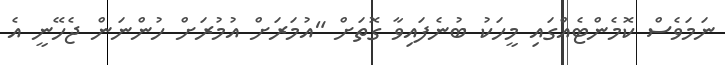
ނަމަވެސް ކޮމެންޓެއްގައި މީހަކު ބުނެފައިވާ ގޮތަށް "އުމަރަށް އުމުރަށް ހުންނަން ޖެހޭނީ އެ